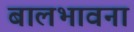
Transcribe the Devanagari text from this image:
बालभावना